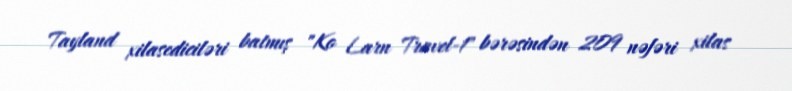
Tayland xilasediciləri batmış "Ko Larn Travel-1" bərəsindən 209 nəfəri xilas